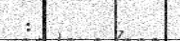
: